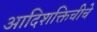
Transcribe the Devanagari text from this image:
आदिशक्तिचीचे